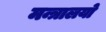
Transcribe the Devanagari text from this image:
मन्त्रालयो